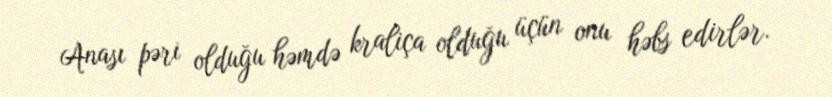
Anası pəri olduğu həmdə kraliça olduğu üçün onu həbs edirlər.